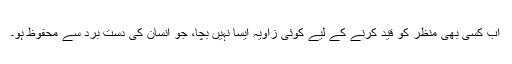
اب کسی بھی منظر کو قید کرنے کے لیے کوئی زاویہ ایسا نہیں بچا، جو انسان کی دست برد سے محفوظ ہو۔